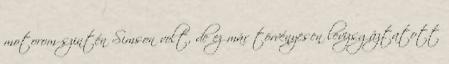
motorom szintén Simson volt, de ez már törvényesen levizsgáztatott